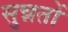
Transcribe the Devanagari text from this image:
सुन्नतों